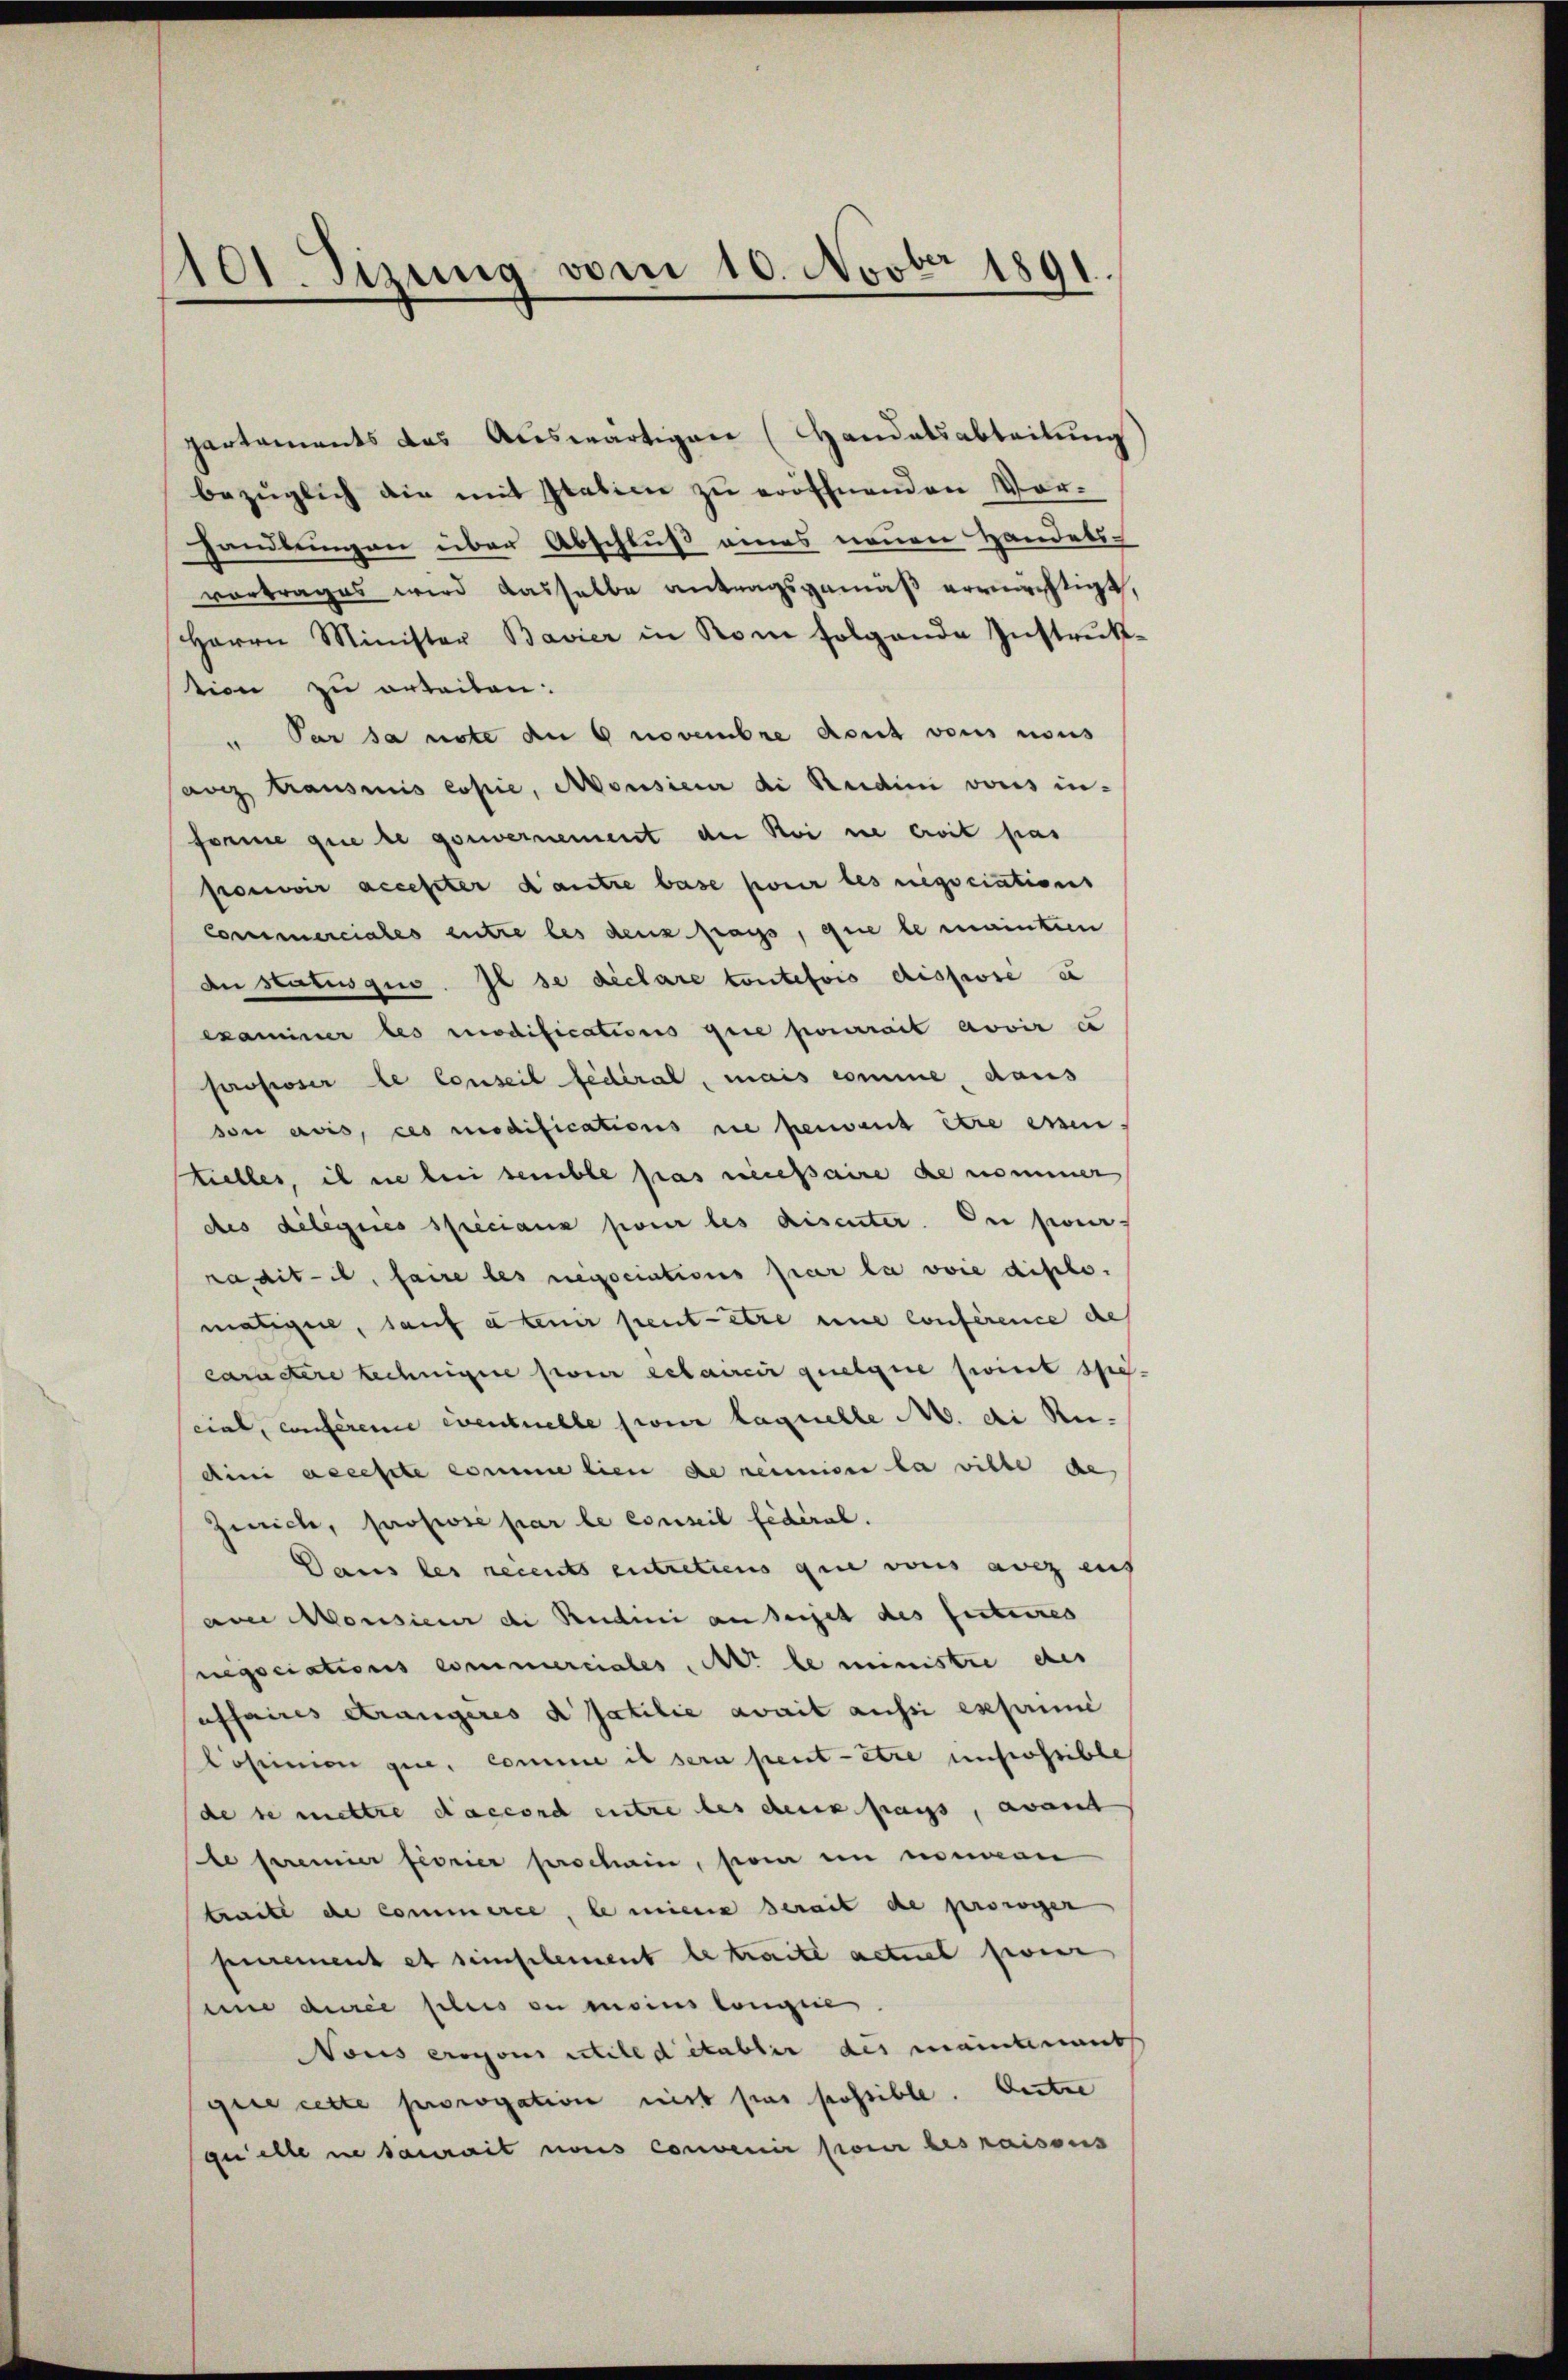
1101. Sizung vom 10. Novber 1891.

partements das Auswärtigen (Handelsabteilung
bezüglich die mit Italinie zu eröffnenden Vor-
handlungen über Abschluß eines neuen Handels-
vortrages wird dasselbe antragsgemäß ermächtigt,
Herrn Minister Bavier in Rom folgende Instruk-
tion zu orteilen:
u Par sa note annovembre dont vons nous
ang transmis copie, Monsieur di Studini vons in-
forme que le gouvernement der Roi ne crit pas
pouvoir accepter d’autre base pour les negociations
Commerciales entre les denz frags, que le mainten
An Statusgio. Il se déclare toutefois dispose e
examiner les modifications que pourrait avoir e
proposer le Conseil fédéral, mais comme, dans
son avis, ces modifications die herwent être essen
tielles, il nie bei semble pas necessaire de nommer
des délégués spéciaux pour les disenter. Die per
raditil, faire les negociations par la voie diplomaligne, sauf a tenir peutete eine conférence des
caractere Lechnige pour ertaircir quelque seint special, conferene eventuelle sur laquelle M. di Rudini accepte comme lien de reinione la ville de
Zeich, propose par le conseil fédéral.
Daus les recents entretiens que vons ewig auf
am Monsieur di Rudini an seiset des festeres
negociations commerciales, M. le ministre des
affaires Krangeres a fatilie avait aussi exprimi
Coseinien gue, comme il sein peut être unterssible
de se mettre daccorch entre les denn sangs, avant
le feremier feorier prochain, son ein nommen
tritt de commerce, le mine serait de prorier
purement et simplement le traite actuel feier
une durée plus ou moins Congie
Vous erogons still d itablir des maintermiss
guie cette prorogation nit pas possible. Oestre
geielle ne saurait nous convenir pour des raisons